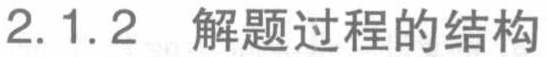
2.1.2 解题过程的结构